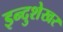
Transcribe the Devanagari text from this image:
इन्दुशेखर